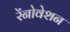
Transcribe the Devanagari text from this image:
रेंनोवेशन